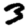
Digit: 3